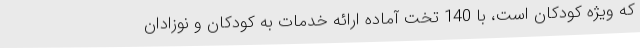
که ویژه کودکان است، با 140 تخت آماده ارائه خدمات به کودکان و نوزادان